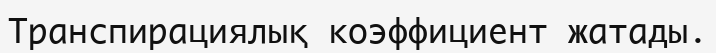
Транспирациялық коэффициент жатады.